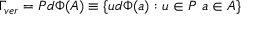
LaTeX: \Gamma _ { v e r } = P d \Phi ( A ) \equiv \{ u d \Phi ( a ) : u \in P \ a \in A \}